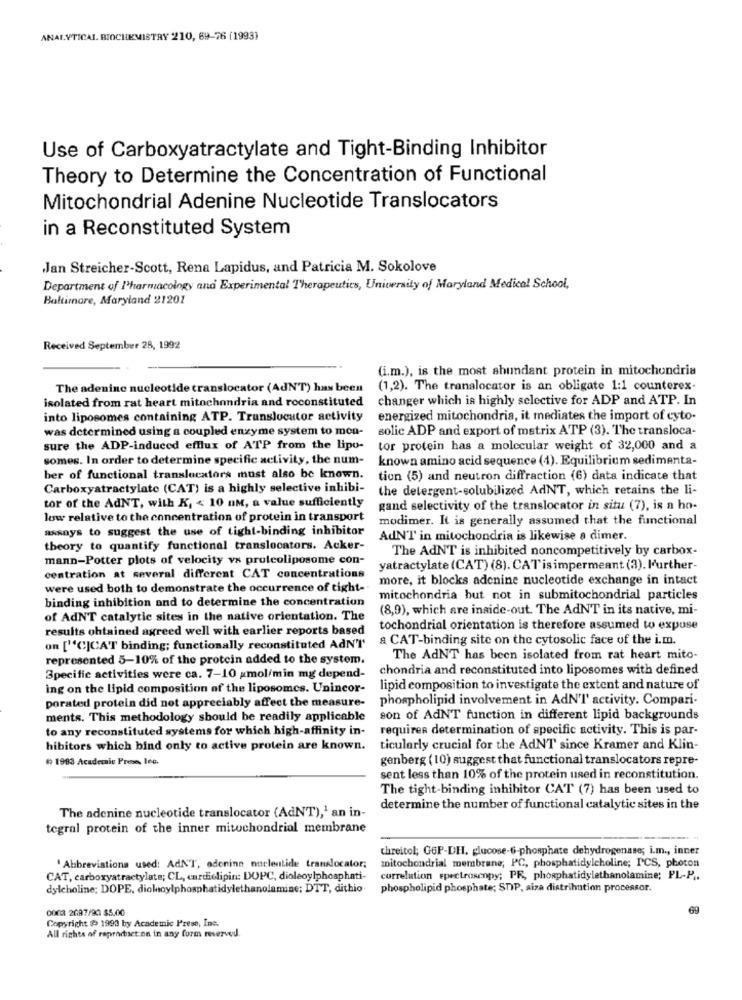
ANALYTICAL BIOCHEMISTRY 210, 69-76 (1993)
Use of Carboxyatractylate and Tight-Binding Inhibitor
Theory to Determine the Concentration of Functional
Mitochondrial Adenine Nucleotide Translocators
in a Reconstituted System
Jan Streicher-Scott, Rena Lapidus, and Patricia M. Sokolove
Department of l'harmacology and Experimental Therapeutics, University of Maryland Medical School,
Baltimore, Maryland 21201
Received September 28, 1992
(i.m.), is the most abundant protein in mitochondria
The adenine nucleotide translocator (AdNT) has been
(1,2). The tranalocator is an obligate 1:1 counterex-
isolated from rat heart mitochondria and roconstituted
changer which is highly selective for ADP and ATP. In
into liposomes containing ATP. Translocutor activity
energized mitochondria, it mediates the import of cyto-
was determined using a coupled enzyme system to mon-
solic ADP and export of matrix ATP (3). The transloca-
sure the ADP-induced efflux of ATP from the lipo-
tor protein has a molecular weight of 32,000 and a
somes. In order to determine specific activity, the num-
known amino acid sequence (1). Equilibrium sedimenta-
ber of functional translocators must also be known.
tion (5) and neutron diffraction (6) data indicate that
Carboxyatractylate (CAT) is a highly selective inhibi-
the detergent-solubilized AdNT, which retains the li-
tor of the AdNT, with K, < 10 nm, a value sufficiently
gand selectivity of the translocator in situ (7), is a ho-
low relative to the concentration of protein in transport
modimer. It is generally assumed that the functional
assays to suggest the use of tight-binding inhibitor
AdN'T in mitochondria is likewise a dimer.
theory to quantify functional translocators. Acker-
The AdNT is inhibited noncompetitively by carbox-
mann-Potter plots of velocity vs proteoliposome con-
yatractylate (CAT) (8). CAT isimpermeant (3). l'urther-
centration at several different CAT concentrations
more, it blocks adenine nucleotide exchange in intact
were used both to demonstrate the occurrence of tight-
binding inhibition and to determine the concentration
mitochondria but not in submitochondrial particles
(8,9), which are inside-out. The AdNT in its native, mi-
of AdNT catalytic sites in the native orientation. The
results obtained agreed well with earlier reports based
tochondrial orientation is therefore assumed to expuse
a CAT-binding site on the cytosolic face of the i.m.
on ["CICAT binding; functionally reconstituted AdN'I'
represented 5-10% of the protein added to the system.
The AdNT has been isolated from rat heart mito-
chondria and reconstituted into liposomes with defined
Specific activities were ca. 7-10 amol/min mg depend-
ing on the lipid composition of the liposomes. Unincor-
lipid composition to investigate the extent and nature of
porated protein did not appreciably affect the measure-
phospholipid involvement in AdN'I' activity. Compari-
ments. This methodology should be readily applicable
son of AdNT function in different lipid backgrounds
to any reconstituted systems for which high-affinity in-
requires determination of specific activity. This is par-
hibitors which bind only to active protein are known.
ticularly crucial for the AdNT since Kramer and Klin-
*) 1983 Academie Prese, Inc.
genberg ( 10) suggest that functional translocators repre-
sent less than 10% of the protein used in reconstitution.
The tight-binding inhibitor CAT (7) has been used to
The adenine nucleotide translocator (AdNT),1 an in-
determine the number of functional catalytic sites in the
tegral protein of the inner mitochondrial membrane
chreitol; GOP-DH, glucose-6-phosphate dehydrogenase; i.m ., inner
mitochondrial membrane; PC, phosphatidylcholine; PCS, photon
'Abbreviations used: AdNT, adenine nucleotide translocator;
CAT, carboxyatractylate; CL, cardiolipin: DOPC, dioleoylphosphati-
correlation spectroscopy; PR, phosphatidylethanolamine; PL-P ..
dylcholine; DOPE, dioloylphosphatidylethanolamine; DTT, dithio.
phospholipid phosphate; STP, aiza distribution processor.
0003 2697/90 $5.00
69
Copyright ( 1993 by Academic Press, Inc.
All rights of raproduct on in any form reserved.